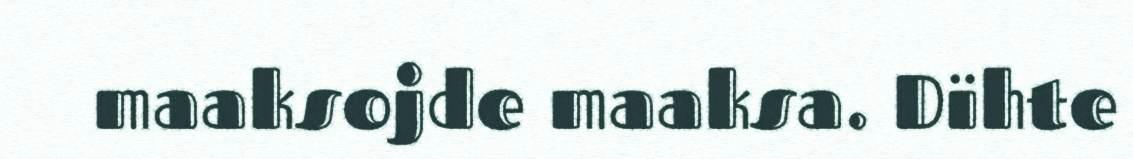
maaksojde maaksa. Dïhte